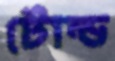
টোল্ড